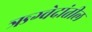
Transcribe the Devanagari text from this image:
ऋग्वेदांतील